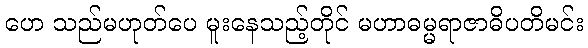
ဟေ သည်မဟုတ်ပေ မူးနေသည့်တိုင် မဟာဓမ္မရာဇာဓိပတိမင်း